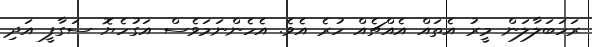
ރަހަބަލާލަން މީރު އެތައް އެއްޗެއް ހުރެ އެވެ. އެހެންނަމަވެސް އަގުހެޔޮ ސަގާފީ އަދި